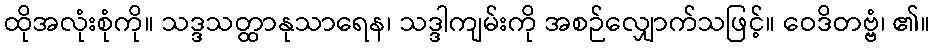
ထိုအလုံးစုံကို။ သဒ္ဒသတ္ထာနုသာရေန၊ သဒ္ဒါကျမ်းကို အစဉ်လျှောက်သဖြင့်။ ဝေဒိတဗ္ဗံ၊ ၏။